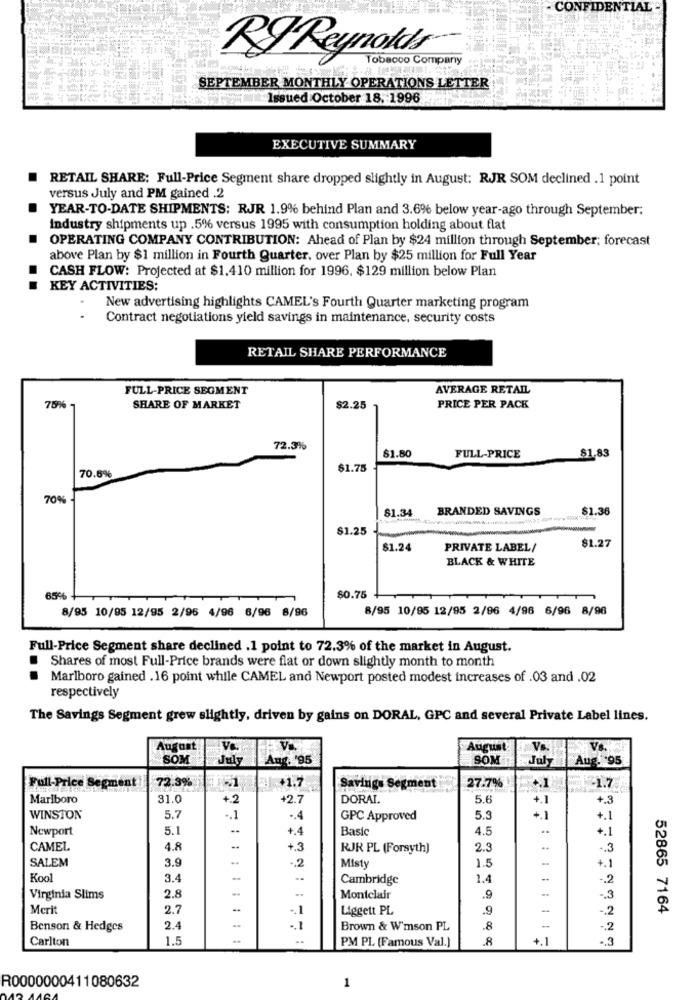
- CONFIDENTIAL
RIReynolds
Tobacco Company
SEPTEMBER MONTHLY OPERATIONS LETTER
Issued October 18. 1996
EXECUTIVE SUMMARY
RETAIL SHARE: Full-Price Segment share dropped slightly in August: RJR SOM declined .1 point
versus July and PM gained .2
YEAR-TO-DATE SHIPMENTS: RJR 1.9% behind Plan and 3.6% below year-ago through September;
Industry shipments up .5% versus 1995 with consumption holding about flat
OPERATING COMPANY CONTRIBUTION: Ahead of Plan by $24 million through September; forecast
above Plan by $1 million in Fourth Quarter. over Plan by $25 million for Full Year
CASH FLOW: Projected at $1.410 million for 1996, $129 million below Plan
KEY ACTIVITIES:
New advertising highlights CAMEL's Fourth Quarter marketing program
Contract negotiations yield savings in maintenance, security costs
RETAIL SHARE PERFORMANCE
FULL-PRICE SEGMENT
AVERAGE RETAIL
75%
SHARE OF MARKET
$2.25
PRICE PER PACK
72.3%
$1.80
FULL-PRICE
$1,83
70.6%
$1.75
70%
$1.34
BRANDED SAVINGS
$1.36
$1.25
$1.27
$1.24
PRIVATE LABEL/
BLACK & WHITE
65%
$0.75
8/95 10/95 12/95 2/95 4/96 6/96 8/96
8/95 10/95 12/95 2/96 4/96 6/96 8/96
Full-Price Segment share declined .1 point to 72.3% of the market in August.
Shares of most Full-Price brands were flat or down slightly month to month
Marlboro gained .16 point while CAMEL and Newport posted modest increases of .03 and .02
respectively
The Savings Segment grew slightly, driven by gains on DORAL, GPC and several Private Label lines.
August
Ve
August
SOM
July
Ans: '95
SOM
Aug. 95
Full-Price Segment
72.3%
27.7%
3 +1.7
Savings Segment
31.7.
Marlboro
31.0
.2
+2.7
DORAI.
5.6
+.1
+.3
WINSTON
5.7
.. 1
-. 4
GPC Approved
5.3
+.1
+.1
Newport
5.1
--
+.4
Basic
4.5
..
+.1
CAMEL
4.8
+.3
RJR PL (Forsyth)
2.3
-. 3
SALEM
3.9
.. 2
+.1
Misty
1.5
Kool
3.4
Cambridge
1.4
--
-. 2
Virginia Slims
2.8
Montclair
.9
.. 3
Merit
2.7
-. 1
Liggett PL
.9
-
-. 2
52865 7164
Benson & Hedges
2.4
-. 1
Brown & W'mson PL
8
Carlton
1.5
PM PL (Famous Val.]
8
+.1
.3
1
R0000000411080632